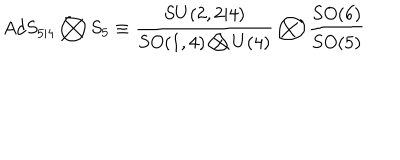
LaTeX: A d S _ { 5 | 4 } \bigotimes S _ { 5 } \equiv \frac { S U ( 2 , 2 | 4 ) } { S O ( 1 , 4 ) \bigotimes U ( 4 ) } \bigotimes \frac { S O ( 6 ) } { S O ( 5 ) }